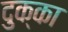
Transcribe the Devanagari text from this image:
दुक्का